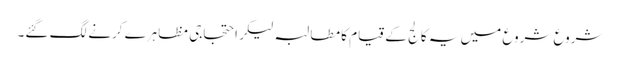
شروع شروع میں یہ کالج کے قیام کا مطالبہ لیکر احتجاجی مظاہرے کرنے لگ گئے۔